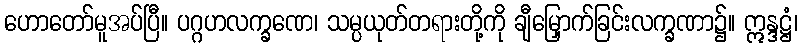
ဟောတော်မူအပ်ပြီ။ ပဂ္ဂဟလက္ခဏေ၊ သမ္ပယုတ်တရားတို့ကို ချီမြှောက်ခြင်းလက္ခဏာ၌။ ဣန္ဒဋ္ဌံ၊